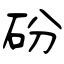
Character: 砏